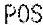
POS